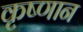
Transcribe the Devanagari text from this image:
कृष्णान